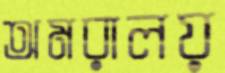
অমরালয়